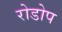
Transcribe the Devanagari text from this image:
रोडोप